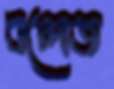
বন্দেজ